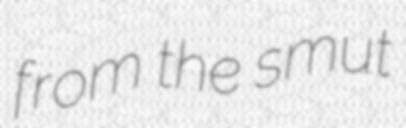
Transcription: from the smut